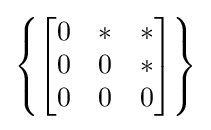
\left\{{\begin{bmatrix}0&*&*\\0&0&*\\0&0&0\end{bmatrix}}\right\}